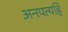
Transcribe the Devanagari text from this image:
अनपत्यहि